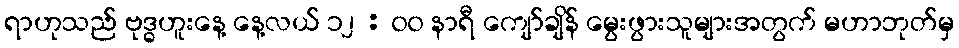
ရာဟုသည် ဗုဒ္ဓဟူးနေ့ နေ့လယ် ၁၂ : ၀၀ နာရီ ကျော်ချိန် မွေးဖွားသူများအတွက် မဟာဘုတ်မှ